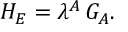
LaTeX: { \cal H } _ { E } = \lambda ^ { A } \, G _ { A } .